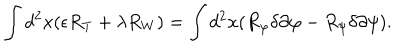
\int d ^ { 2 } x ( \epsilon R _ { T } + \lambda R _ { W } ) = \int d ^ { 2 } x ( R _ { \varphi } \delta \partial \varphi - R _ { \psi } \delta \partial \psi ) .